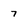
Character: 7